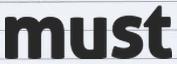
must